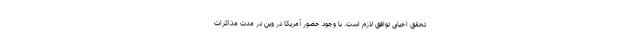
تحقق احیای توافق لازم است. با وجود حضور آمریکا در وین در مدت مذاکرات